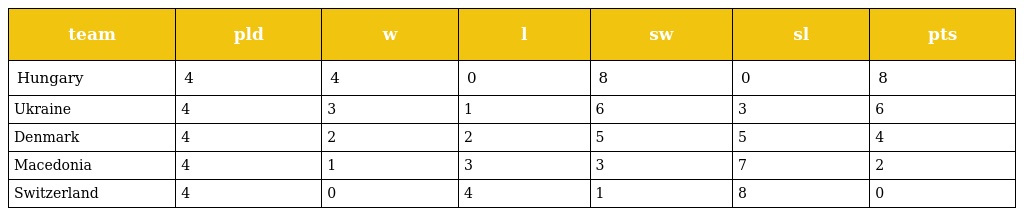
| team | pld | w | l | sw | sl | pts |
 | --- | --- | --- | --- | --- | --- | --- |
 | Hungary | 4 | 4 | 0 | 8 | 0 | 8 |
 | Ukraine | 4 | 3 | 1 | 6 | 3 | 6 |
 | Denmark | 4 | 2 | 2 | 5 | 5 | 4 |
 | Macedonia | 4 | 1 | 3 | 3 | 7 | 2 |
 | Switzerland | 4 | 0 | 4 | 1 | 8 | 0 |